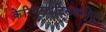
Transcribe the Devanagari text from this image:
केरिएटाइटिसशामिल